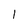
Character: 1